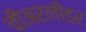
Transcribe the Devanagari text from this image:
चीअरलीडर